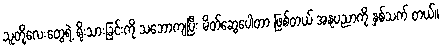
သူတို့လေးတွေရဲ့ ရိုးသားခြင်းကို သဘောကျပြီး မိတ်ဆွေပေါတာ ဖြစ်တယ် အနုပညာကို နှစ်သက် တယ်။